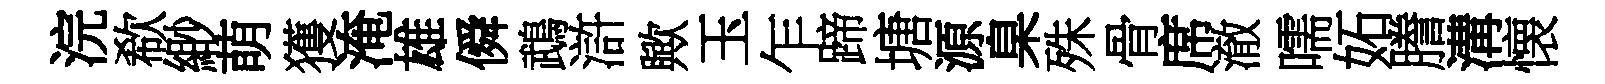
浣欷緲萌獲淹雄僢鵡滸歟玉乍蹄塘源臬殊骨席澈嚅妬謄溝懐